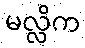
မလ္လိက